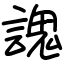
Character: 謉